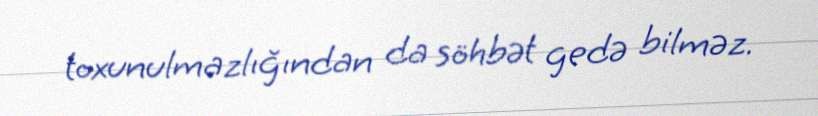
toxunulmazlığından da söhbət gedə bilməz.